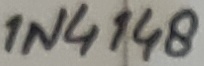
Text: 1N4148